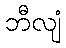
ဘီလျံ